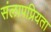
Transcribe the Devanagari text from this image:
संलापप्रियता